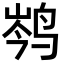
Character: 𮭦